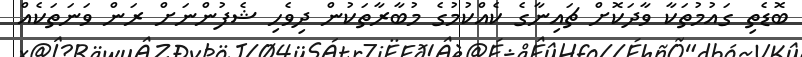
ބޮޑެތި ގައުމުތަކާ ވާދަކޮށް ޗައިނާގެ ކެއްކުމުގެ މުބާރާތަކުން ދިވެހި ޝެފުންނަށް ރަން ވަނަތަކެއް